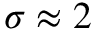
\sigma \approx 2